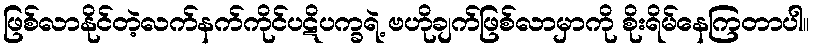
ဖြစ်လာနိုင်တဲ့လက်နက်ကိုင်ပဋိပက္ခရဲ့ ဗဟိုချက်ဖြစ်လာမှာကို စိုးရိမ်နေကြတာပါ။